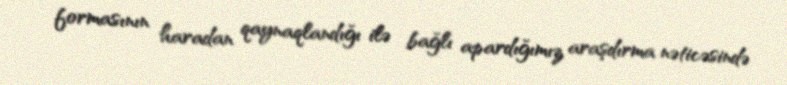
formasının haradan qaynaqlandığı ilə bağlı apardığımız araşdırma nəticəsində